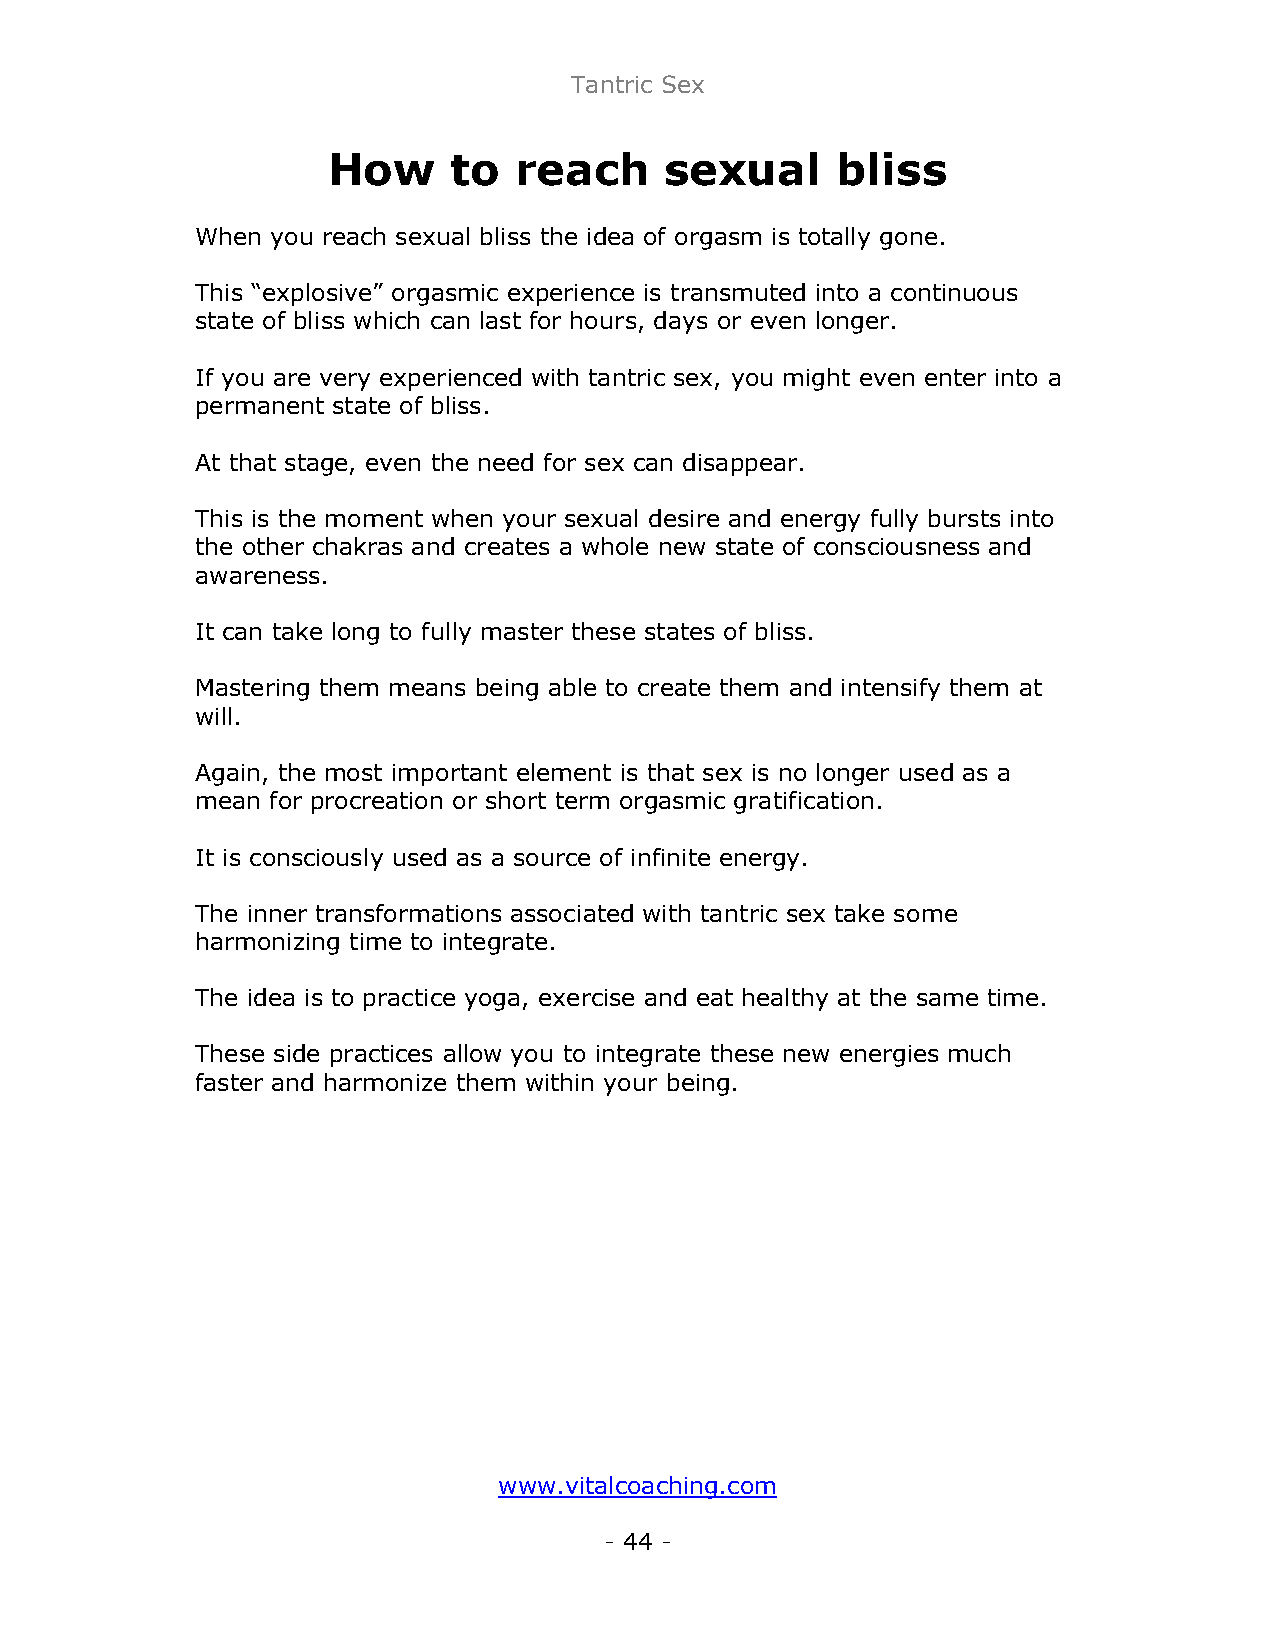
Tantric Sex
 How     to  reach     sexual     bliss
 When you reach sexual bliss the idea of orgasm is totally gone.
 This “explosive” orgasmic experience is transmuted into a continuous
 state of bliss which can last for hours, days or even longer.
 If you are very experienced with tantric sex, you might even enter into a
 permanent state of bliss.
 At that stage, even the need for sex can disappear.
 This is the moment when your sexual desire and energy fully bursts into
 the other chakras and creates a whole new state of consciousness and
 awareness.
 It can take long to fully master these states of bliss.
 Mastering them means being able to create them and intensify them at
 will.
 Again, the most important element is that sex is no longer used as a
 mean for procreation or short term orgasmic gratification.
 It is consciously used as a source of infinite energy.
 The inner transformations associated with tantric sex take some
 harmonizing time to integrate.
 The idea is to practice yoga, exercise and eat healthy at the same time.
 These side practices allow you to integrate these new energies much
 faster and harmonize them within your being.
 www.vitalcoaching.com
 - 44 -